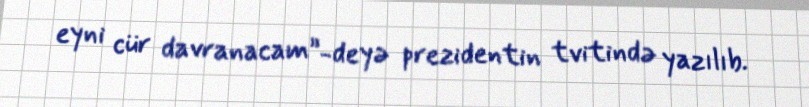
eyni cür davranacam”-deyə prezidentin tvitində yazılıb.